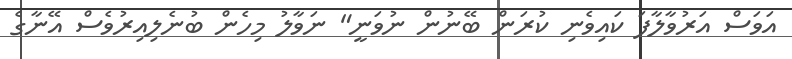
އަވަސް އަރުވާލާފަ ކައިވެނި ކުރަން ބޭނުން ނުވަނީ" ނަވާލު މިހެން ބުނެލިއިރުވެސް އޭނާގެ